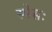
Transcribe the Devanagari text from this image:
स्पेसः